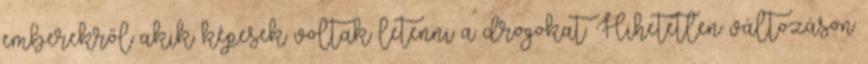
emberekről akik képesek voltak letenni a drogokat. Hihetetlen változáson